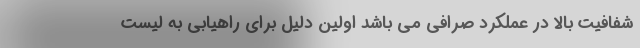
شفافیت بالا در عملکرد صرافی می باشد اولین دلیل برای راهیابی به لیست